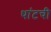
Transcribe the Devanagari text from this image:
थांटची